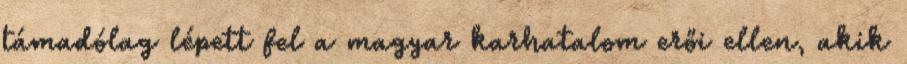
támadólag lépett fel a magyar karhatalom erői ellen, akik